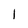
Character: l